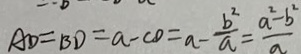
A D = B D = a - C D = a - \frac { b ^ { 2 } } { a } = \frac { a ^ { 2 } - b ^ { 2 } } { a }